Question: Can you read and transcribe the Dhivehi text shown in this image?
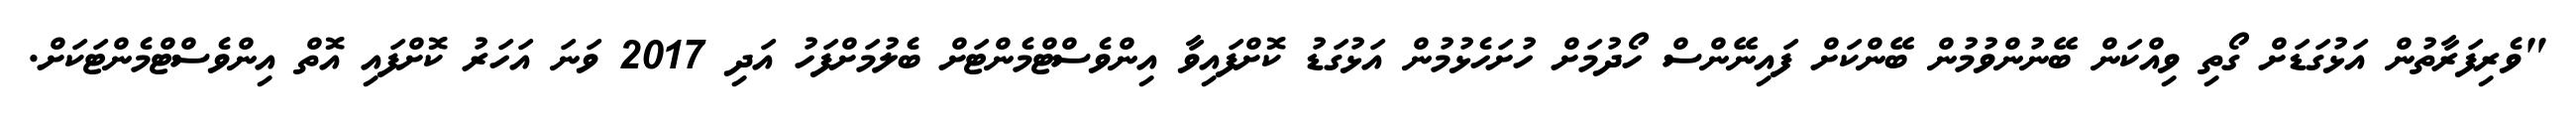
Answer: "ވެރިފަރާތުން އަޅުގަޑަށް ގޯތި ވިއްކަން ބޭނުންވުމުން ބޭންކަށް ފައިނޭންސް ހޯދުމަށް ހުށަހެޅުމުން އަޅުގަޑު ކޮށްފައިވާ އިންވެސްޓްމެންޓަށް ބެލުމަށްފަހު އަދި 2017 ވަނަ އަހަރު ކޮށްފައި އޮތް އިންވެސްޓްމެންޓަކަށް.